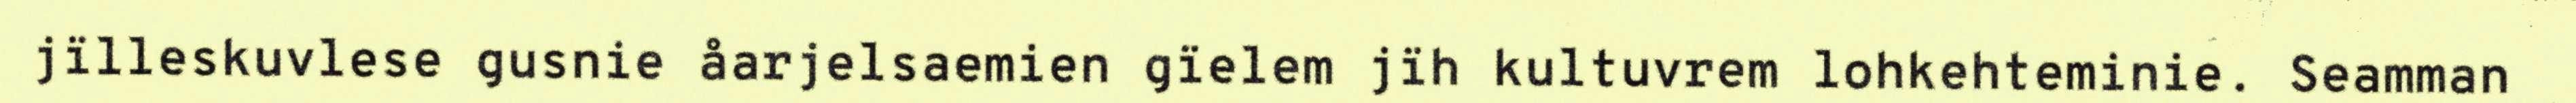
jïlleskuvlese gusnie åarjelsaemien gïelem jïh kultuvrem lohkehteminie. Seamman